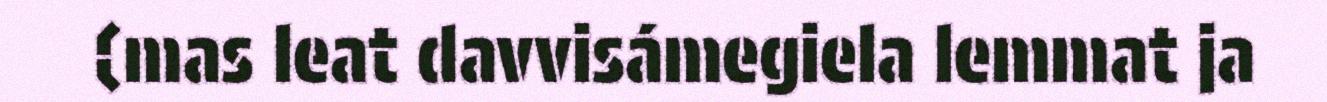
(mas leat davvisámegiela lemmat ja